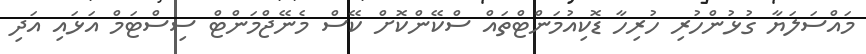
މައްސަލަޔާ ގުޅުންހުރި ހުރިހާ ޑޮކިއުމަންޓްތައް ސްކޭންކޮށް ކޭސް މެނޭޖްމަންޓް ސިސްޓަމް އަޅައި އަދި